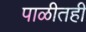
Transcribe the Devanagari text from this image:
पाळीतही